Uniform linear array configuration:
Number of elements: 32
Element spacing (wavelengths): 0.5
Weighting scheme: blackman
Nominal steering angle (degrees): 60
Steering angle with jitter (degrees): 58.245
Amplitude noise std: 0.05
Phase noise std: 0.05

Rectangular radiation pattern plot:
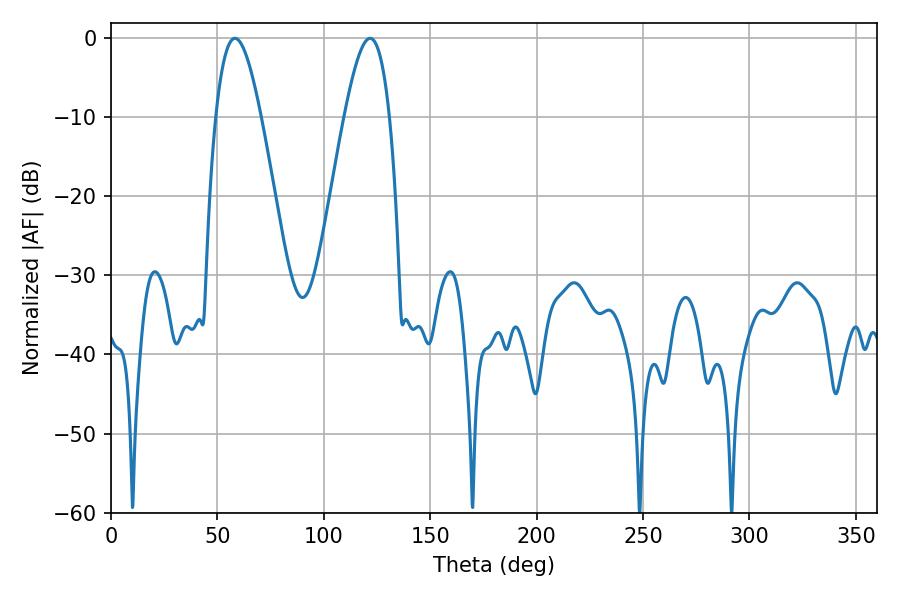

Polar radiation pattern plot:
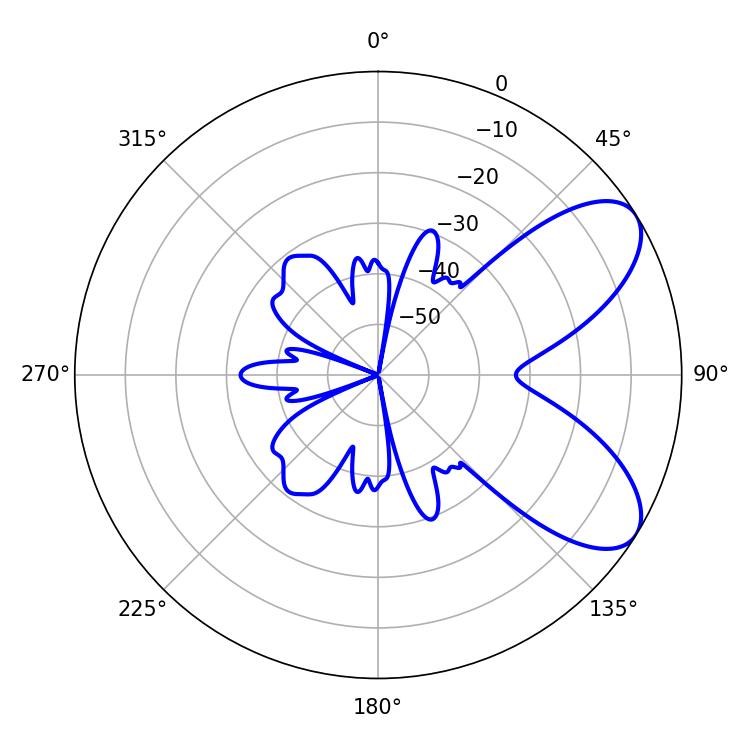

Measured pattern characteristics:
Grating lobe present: FALSE
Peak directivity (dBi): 7.292
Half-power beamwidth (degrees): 11.52
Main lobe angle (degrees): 58.32